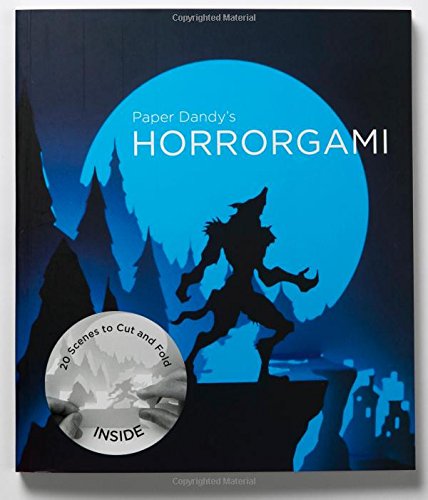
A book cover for Paper Dandy's Horrorgami: 20 Gruesome Scenes to Cut and Fold; Marc Hagan-Guirey; Crafts, Hobbies & Home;